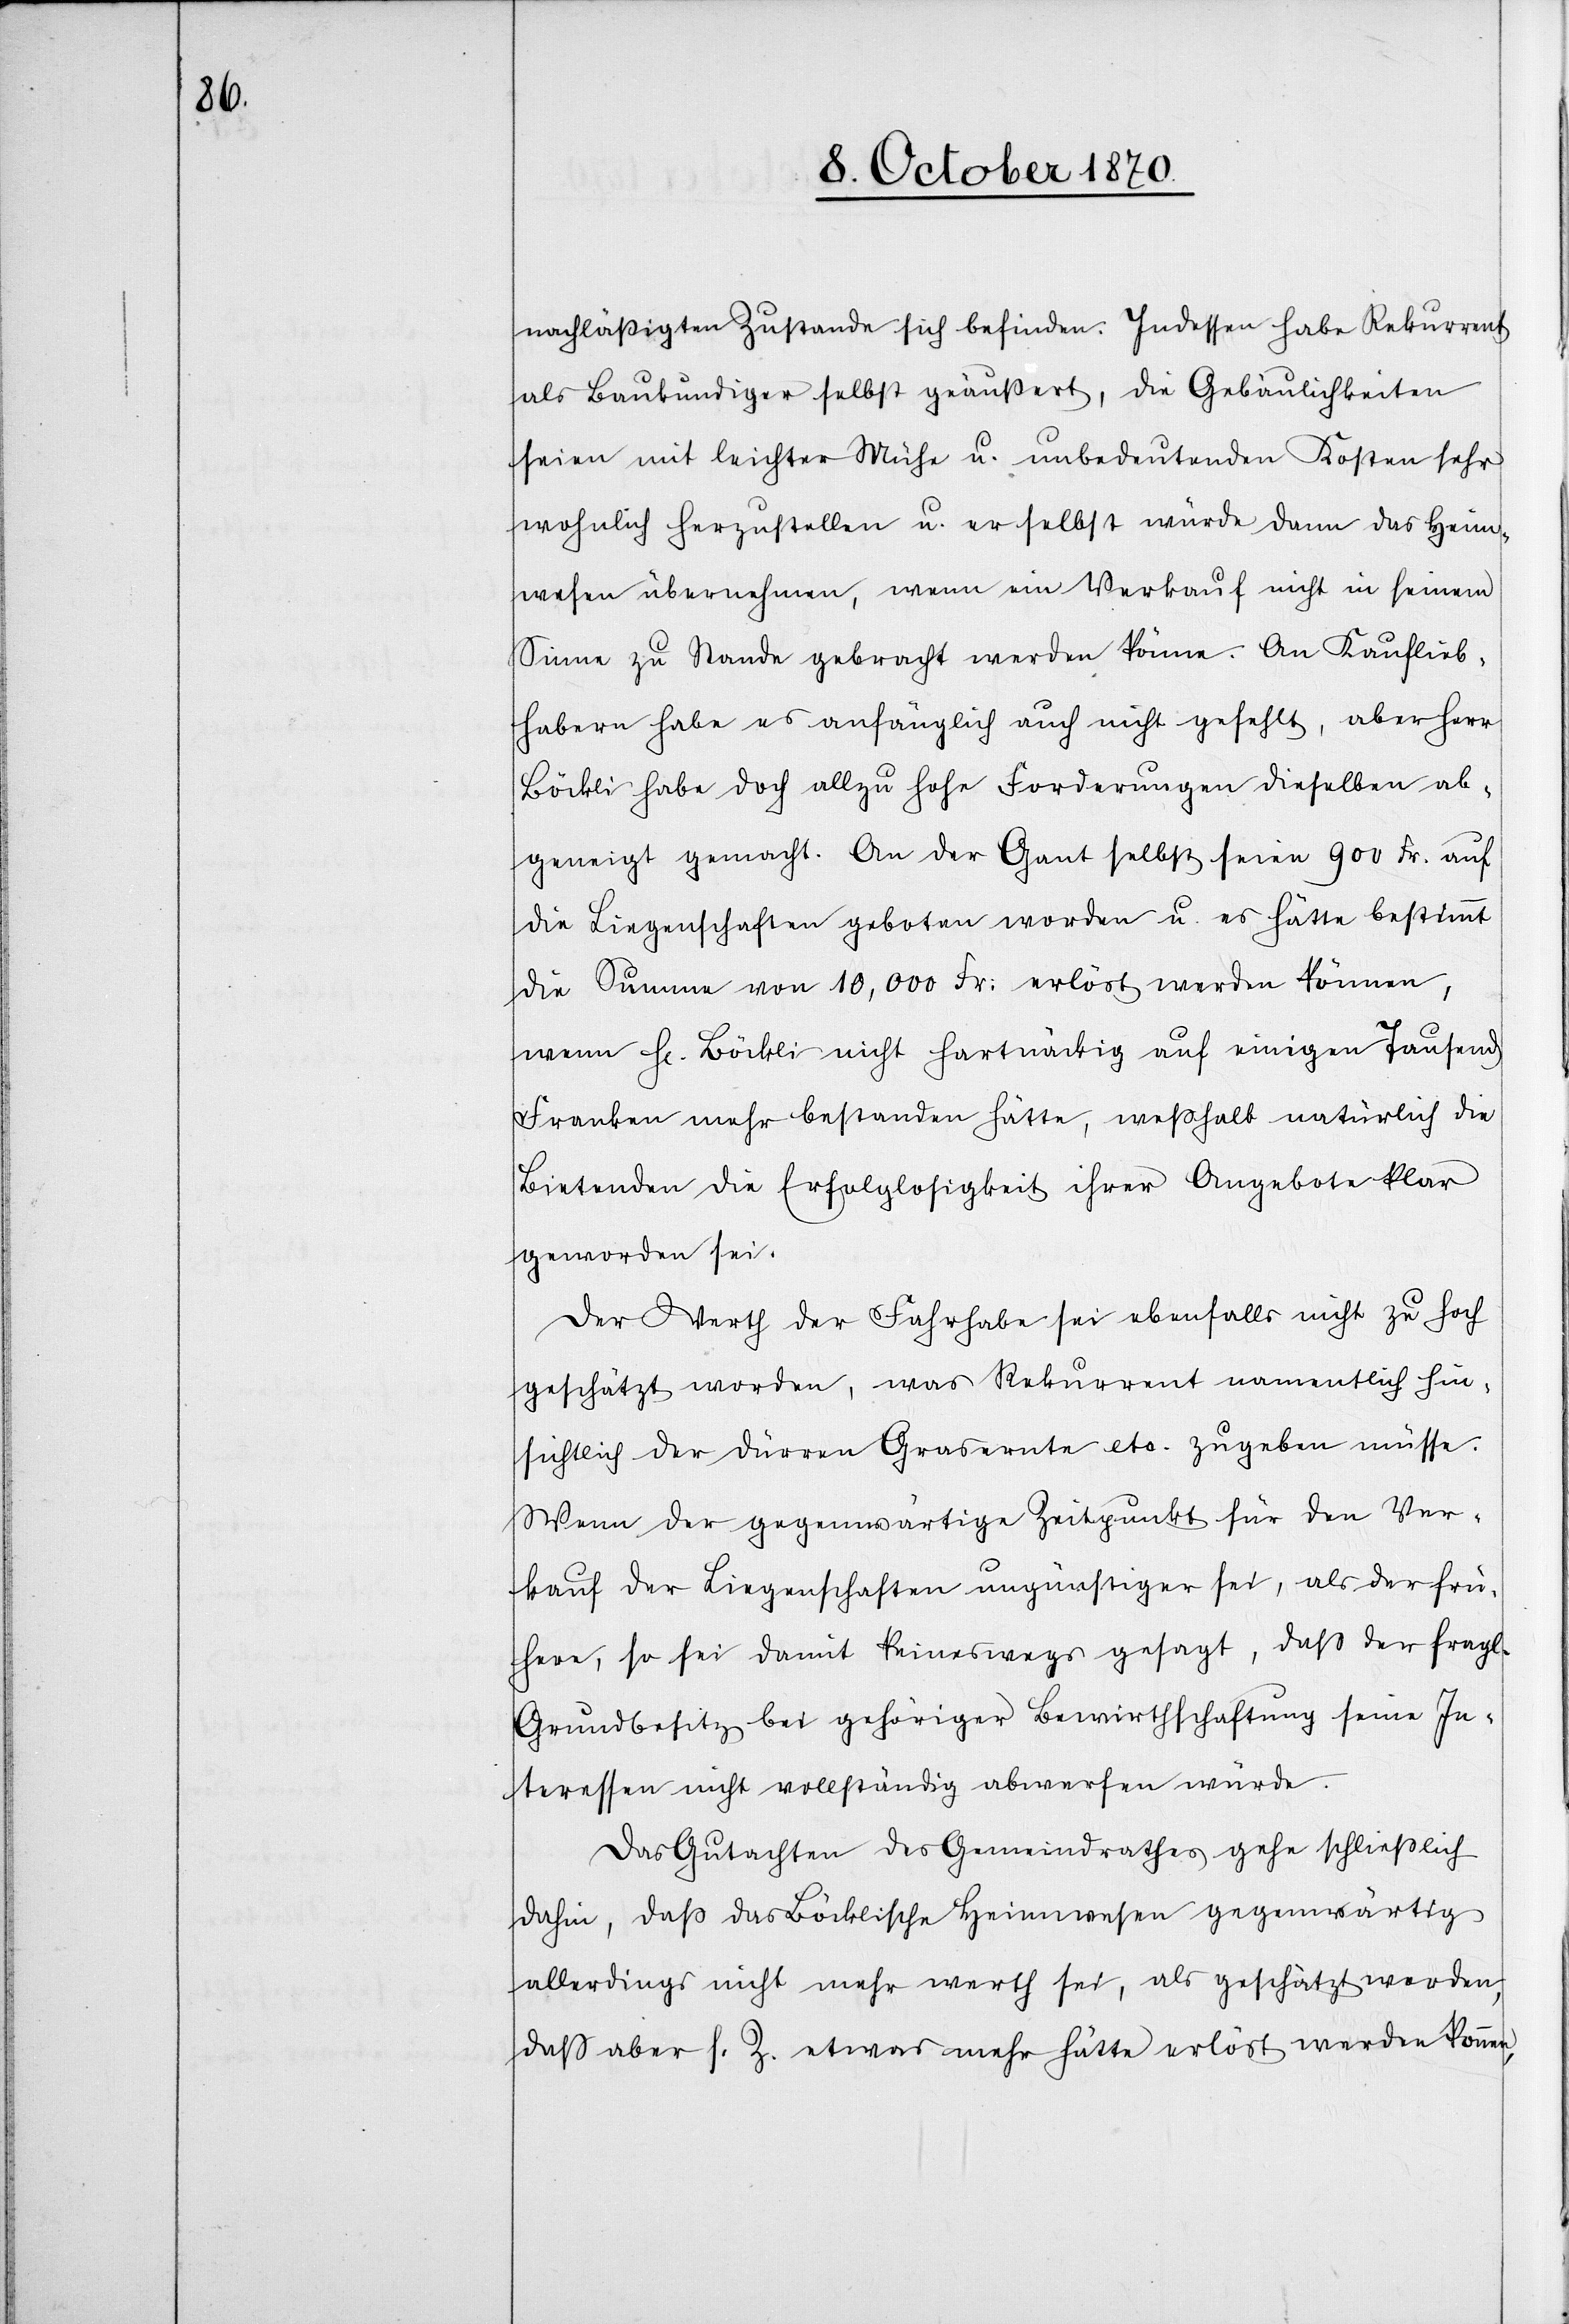
ab¬

nachläßigtem Zustande sich befinden. Indessen habe Rekurrent
als Baukundiger selbst geäußert, die Gebäulichkeiten
seien mit leichter Mühe u. unbedeutenden Kosten sehr
wohnlich herzustellen u. er selbst würde dann das Heim¬
wesen übernehmen, wenn ein Verkauf nicht in seinem
Sinne zu Stande gebracht werden könne. An Kauflieb¬
habern habe es anfänglich auch nicht gefehlt, aber Herr
geneigt gemacht. An der Gant selbst seien 900 Fr. auf
die Liegenschaften geboten worden u. es hätte bestimmt
die Summe von 10,000 Fr: erlöst werden können,
wenn Hr. Böckli nicht hartnäckig auf einige Tausend
Franken mehr bestanden hätte, weshalb natürlich den
Bietenden die Erfolglosigkeit ihrer Angebote klar
geworden sei.
Der Werth der Fahrhabe sei ebenfalls nicht zu hoch
geschätzt worden, was Rekurrent namentlich hin¬
sichtlich der dürren Grasernte etc. zugeben müsse.
Wenn der gegenwärtige Zeitpunkt für den Ver¬
kauf der Liegenschaften ungünstiger sei, als der frü¬
here, so sei damit keineswegs gesagt, das der fragl.
Grundbesitz bei gehöriger Bewirthschaftung seine In¬
teressen nicht vollständig abwerfen würde.
Das Gutachten des Gemeindrathes gehe schließlich
dahin, daß das Böcklische Heimwesen gegenwärtig
allerdings nicht mehr werth sei, als geschätzt worden,
daß aber s. Z. etwas mehr hätte erlöst werden können,